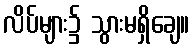
လိပ်များ၌ သွားမရှိချေ။